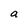
Character: a